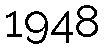
1948